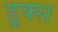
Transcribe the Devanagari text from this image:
डूक्स